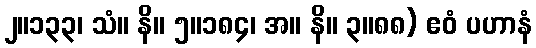
၂။၁၃၃၊ သံ။ နိ။ ၅။၁၈၄၊ အ။ နိ။ ၃။၈၈) ဧဝံ ပဟာနံ